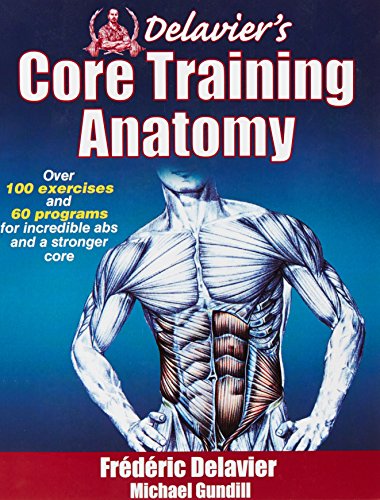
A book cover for Delavier's Core Training Anatomy; Frederic Delavier; Science & Math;